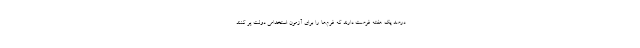
درصد یک هفته فرصت دارند که فرم‌ها را برای آزمون استخدامی دولت پر کنند.